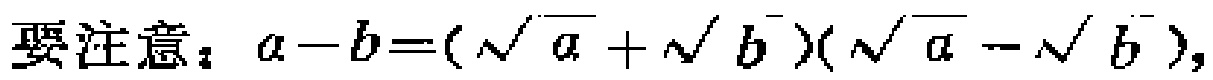
要注意：$a - b = (\sqrt{a}+\sqrt{b})(\sqrt{a}-\sqrt{b})$，